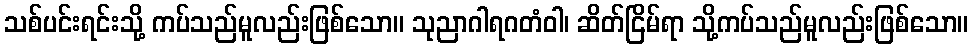
သစ်ပင်းရင်းသို့ ကပ်သည်မူလည်းဖြစ်သော။ သုညာဂါရဂတံဝါ၊ ဆိတ်ငြိမ်ရာ သို့ကပ်သည်မူလည်းဖြစ်သော။